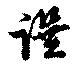
譔